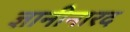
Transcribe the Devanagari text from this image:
ज्ञानीनारद